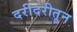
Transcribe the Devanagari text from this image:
दरीदरीतून